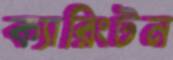
ক্যারিংটন